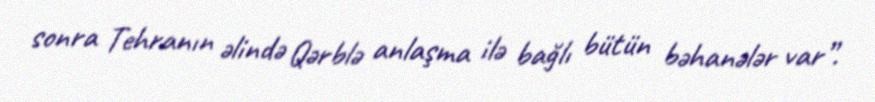
sonra Tehranın əlində Qərblə anlaşma ilə bağlı bütün bəhanələr var”.